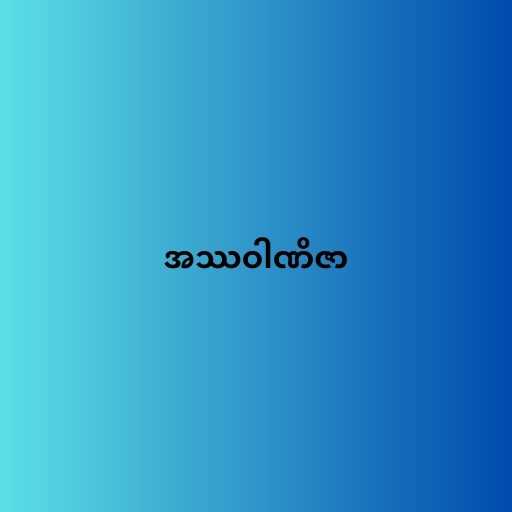
အဿဝါဏိဇာ